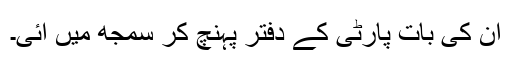
ان کی بات پارٹی کے دفتر پہنچ کر سمجھ میں آئی۔